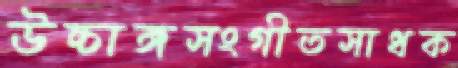
উচ্চাঙ্গসংগীতসাধক